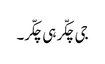
جی چکّر ہی چکّر۔